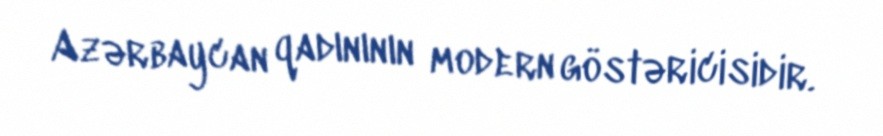
Azərbaycan qadınının modern göstəricisidir.